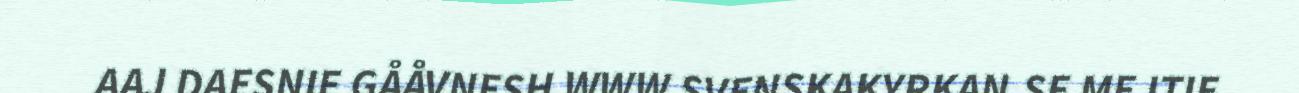
AAJ DAESNIE GÅÅVNESH WWW.SVENSKAKYRKAN.SE MEJTIE